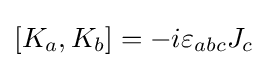
\left[K_{a},K_{b}\right]=-i\varepsilon _{abc}J_{c}